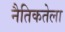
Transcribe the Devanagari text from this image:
नैतिकतेला